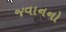
જવાનનો